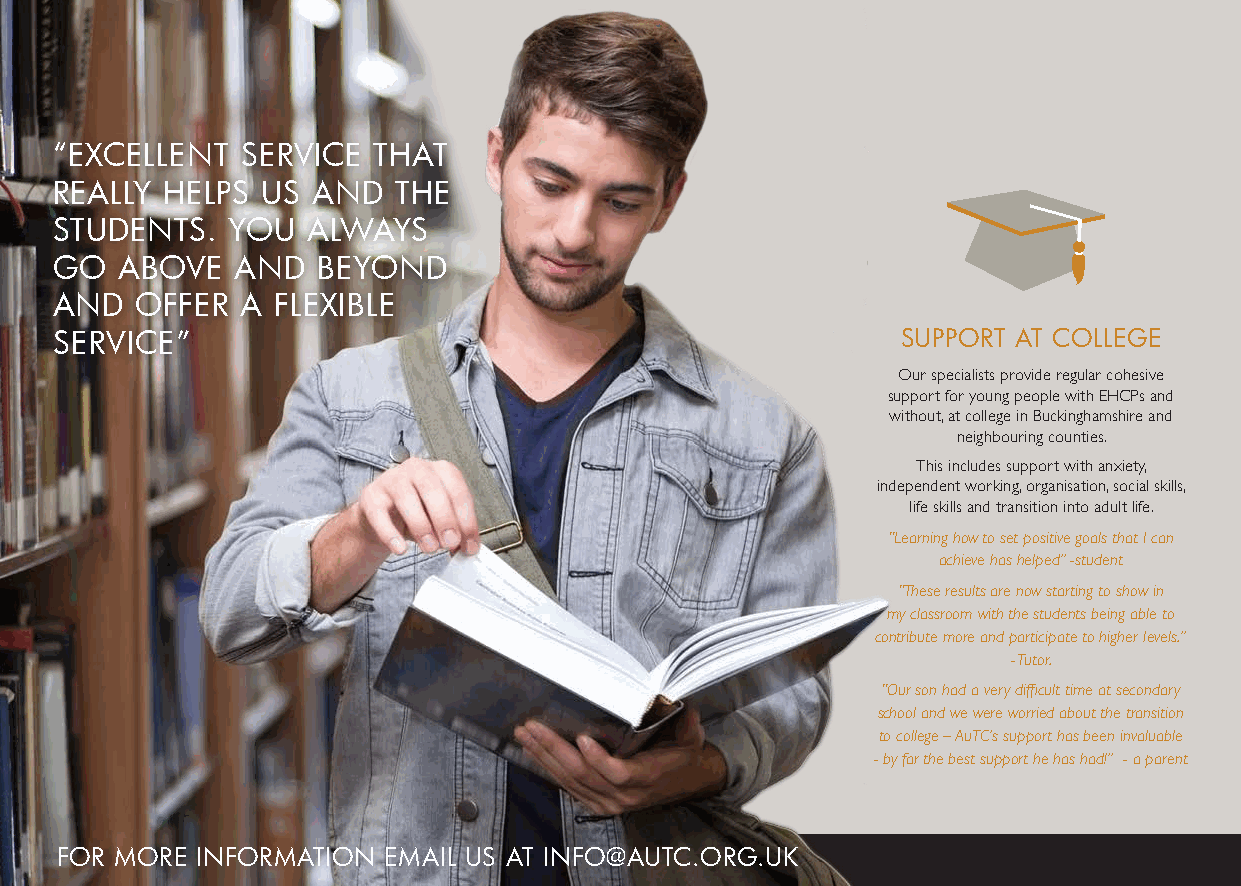
“EXCELLENT  SERVICE  THAT
 REALLY HELPS US  AND  THE
 STUDENTS.  YOU  ALWAYS
 GO  ABOVE   AND  BEYOND
 AND  OFFER  A FLEXIBLE
 SERVICE”                                                SUPPORT AT COLLEGE
 Our specialists provide regular cohesive
 support for young people with EHCPs and
 without, at college in Buckinghamshire and
 neighbouring counties.
 This includes support with anxiety,
 independent working, organisation, social skills,
 life skills and transition into adult life.
 “Learning how to set positive goals that I can
 achieve has helped” -student
 “These results are now starting to show in
 my classroom with the students being able to
 contribute more and participate to higher levels.”
 - Tutor.
 “Our son had a very difficult time at secondary
 school and we were worried about the transition
 to college – AuTC’s support has been invaluable
 - by far the best support he has had!” - a parent
 FOR MORE INFORMATION EMAIL US AT INFO@AUTC.ORG.UK